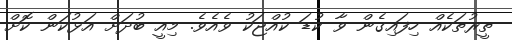
ތީރުތަކެއް ހިފައިގެން ވާ ކުޑަ ކުއްޖަކު ވެއެވެ. މިއީ ބުދަށް އަޅުކަން ކޮށް